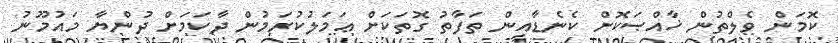
ކޮމަން ވެލްތުން ޚާއްޞަކޮށް ކެނެޑާއިން ތަފާތު ގޮތަކަށް ޢަމަލުކުރަމުން ދާކަމަށް ދުންޔާ މައުމޫނު